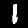
Label: 1